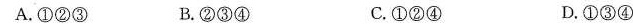
A.①②③ B.②③④ C.①②④ D.①③④